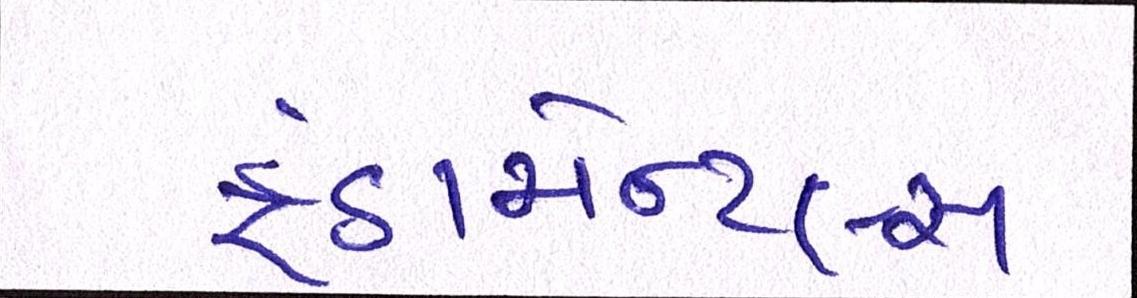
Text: ફંડામેન્ટલ્સ